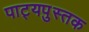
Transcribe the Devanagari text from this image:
पाट्यपुस्तक